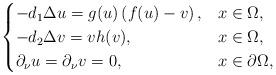
LaTeX: \begin{align*}\begin{cases} -d_1\Delta u=g(u)\left(f(u)-v\right), & x\in \Omega,\\ -d_2\Delta v=vh(v), & x\in\Omega, \\ \partial_\nu u=\partial_\nu v=0,& x\in \partial \Omega,\\\end{cases}\end{align*}